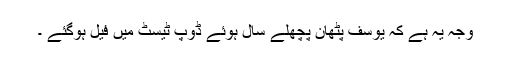
وجہ یہ ہے کہ یوسف پٹھان پچھلے سال ہوئے ڈوپ ٹیسٹ میں فیل ہوگئے ۔